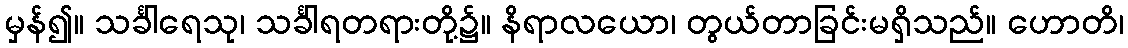
မှန်၍။ သင်္ခါရေသု၊ သင်္ခါရတရားတို့၌။ နိရာလယော၊ တွယ်တာခြင်းမရှိသည်။ ဟောတိ၊